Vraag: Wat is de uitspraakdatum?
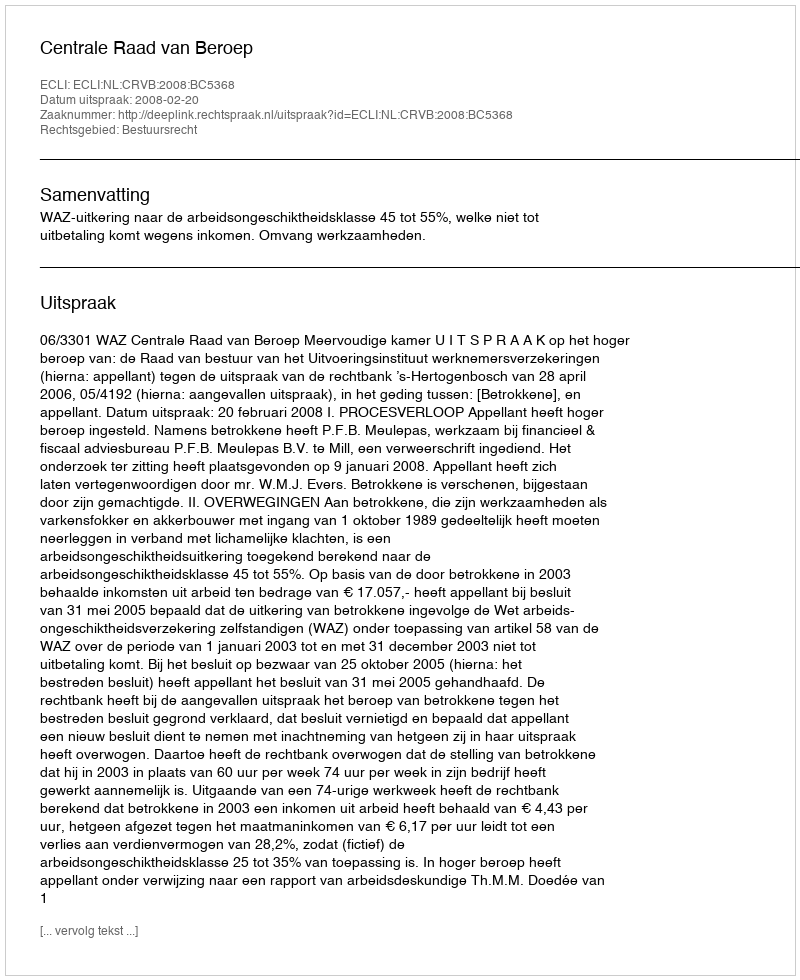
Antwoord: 2008-02-20